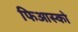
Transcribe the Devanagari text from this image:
फिआस्को